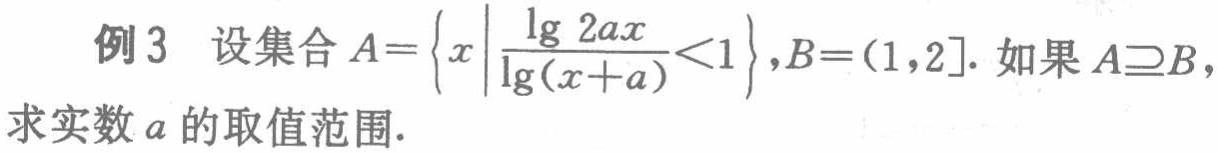
例3 设集合\(A = \left\{x\left|\frac{\lg 2ax}{\lg(x + a)} < 1\right.\right\},B=(1,2]\). 如果\(A\supseteq B\)，求实数\(a\)的取值范围.